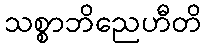
သစ္စာဘိညေဟီတိ